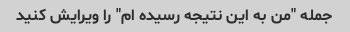
جمله "من به این نتیجه رسیده ام" را ویرایش کنید